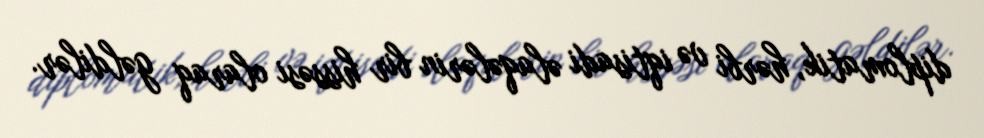
diplomatik, hərbi və iqtisadi əlaqələrin bir hissəsi olaraq gəldilər.